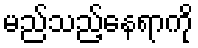
မည်သည့်နေရာကို